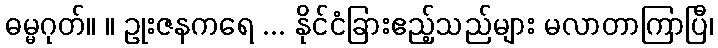
ဓမ္မဂုတ်။ ။ ဥုးဇနကရေ ... နိုင်ငံခြားဧည့်သည်များ မလာတာကြာပြီ၊